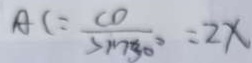
A C = \frac { C D } { \sin 3 0 ^ { \circ } } = 2 x